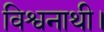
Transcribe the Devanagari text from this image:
विश्वनाथी।